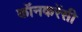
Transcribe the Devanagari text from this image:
कॉनकरेंसी